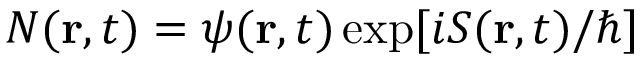
{ \cal { N } } ( { \bf { r } } , t ) = \psi ( { \bf { r } } , t ) \exp [ i S ( { \bf { r } } , t ) / \hbar ]